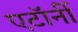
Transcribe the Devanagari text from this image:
एटाॅर्नी